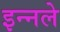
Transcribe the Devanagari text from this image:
इन्नले